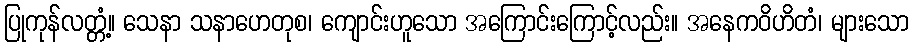
ပြုကုန်လတ္တံ့။ သေနာ သနာဟေတုစ၊ ကျောင်းဟူသော အကြောင်းကြောင့်လည်း။ အနေကဝိဟိတံ၊ များသော